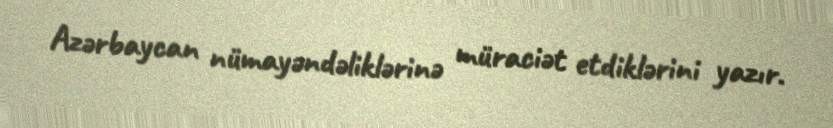
Azərbaycan nümayəndəliklərinə müraciət etdiklərini yazır.